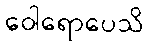
ဝေါရောပေသိ